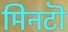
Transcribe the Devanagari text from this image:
मिनटॊ